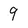
Character: 9